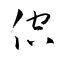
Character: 倥